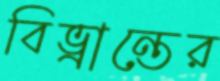
বিভ্রান্তের